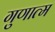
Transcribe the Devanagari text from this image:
गुणात्म